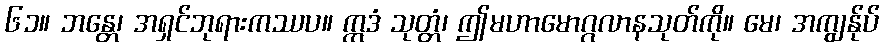
၆၁။ ဘန္တေ၊ အရှင်ဘုရားကဿပ။ ဣဒံ သုတ္တံ၊ ဤမဟာမောဂ္ဂလာနသုတ်ကို။ မေ၊ အကျွန်ုပ်